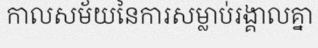
កាលសម័យនៃការសម្លាប់រង្គាលគ្នា